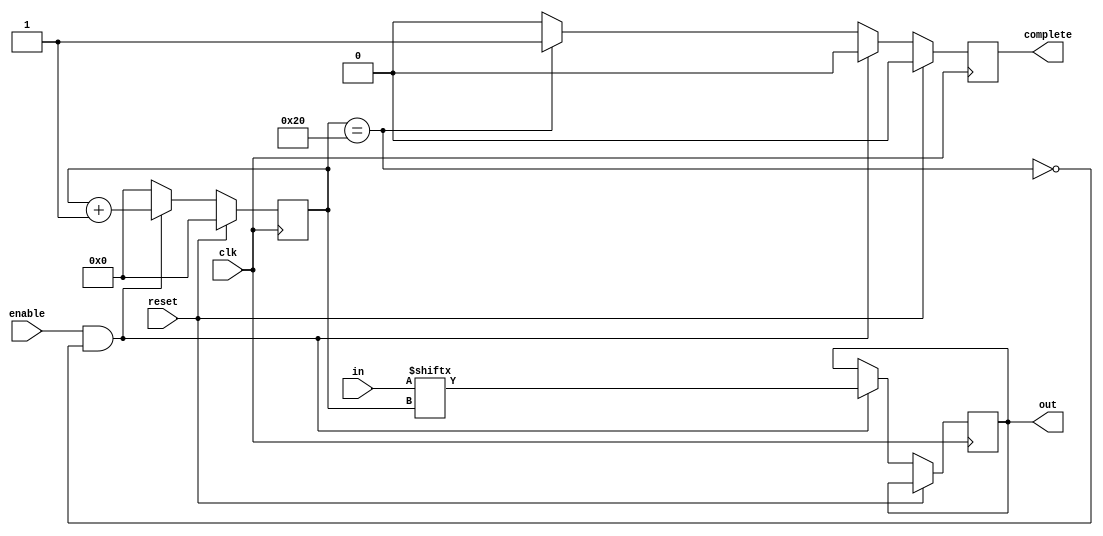
// Code your design here
module serializer(
  clk, 		//clock to send serialized data on out line
  reset, 		//reset counter to 0 on high
  enable, 	//serialize while enable on high
  in,
  complete,		//deserialized data
  out 		//serialized data
);

  parameter BITS = 32;		//size of serializer
  parameter BITS_COUNTER = 6;	//size of counter, must be at least log2(BITS)

  input clk, reset, enable;
  input [BITS-1:0] in;

  output reg complete;
  output reg out;
  reg [5:0] counter;	//we need to know which array item (in) to read from

  //	always@(posedge reset) begin
  //	counter = 0;
  //	complete = 0;
  //	end


  always@(posedge clk) begin

    if (reset==1) begin
      counter <= 6'b000000;
			complete <=0;
    end
    else  begin
      if(enable && ~(counter==BITS)) begin	//when counter gets to limit, it'll stop counting until it's reset
        out <= in[counter];
    		//as long we're not resetting the counter
          counter  <= counter + 6'b000001;
          complete <=0;	//next item

			end
      else if (counter==BITS)begin
        complete <=1;
				counter  <=6'b000000;
      end
			else  begin
			counter <= 6'b000000;
			complete <=0;
			end



  end
end


endmodule